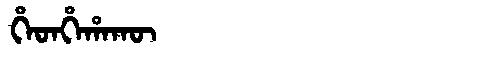
Manchu: ᡥᡝᡨᡥᡝᡥᠠᡴᡡ
Romanization: HETHEHAKŪ